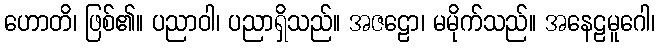
ဟောတိ၊ ဖြစ်၏။ ပညာဝါ၊ ပညာရှိသည်။ အဇဠော၊ မမိုက်သည်။ အနေဠမူဂေါ၊